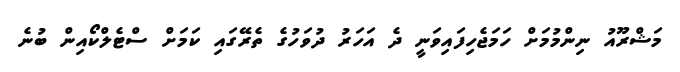
މަޝްރޫއު ނިންމުމަށް ހަމަޖެހިފައިވަނީ ދެ އަހަރު ދުވަހުގެ ތެރޭގައި ކަމަށް ސްޓެލްކޯއިން ބުނެ